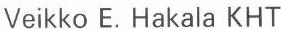
Veikko E. Hakala KHT